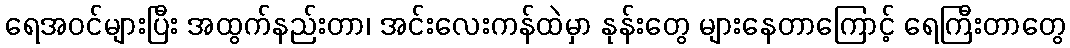
ရေအဝင်များပြီး အထွက်နည်းတာ၊ အင်းလေးကန်ထဲမှာ နုန်းတွေ များနေတာကြောင့် ရေကြီးတာတွေ